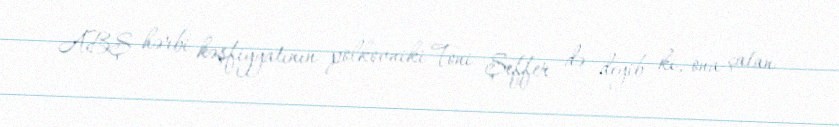
ABŞ hərbi kəşfiyyatının polkovniki Toni Şeffer də deyib ki, ona çatan